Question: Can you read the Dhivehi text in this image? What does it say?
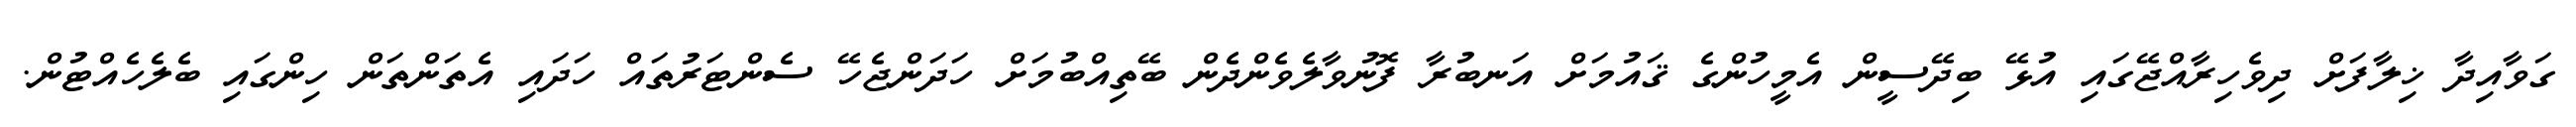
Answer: ގަވާއިދާ ޚިލާފަށް ދިވެހިރާއްޖޭގައި އުޅޭ ބިދޭސީން އެމީހުންގެ ޤައުމަށް އަނބުރާ ފޮނުވާލެވެންދެން ބޭތިއްބުމަށް ހަދަންޖެހޭ ސެންޓަރުތައް ހަދައި އެތަންތަން ހިންގައި ބެލެހެއްޓުން.